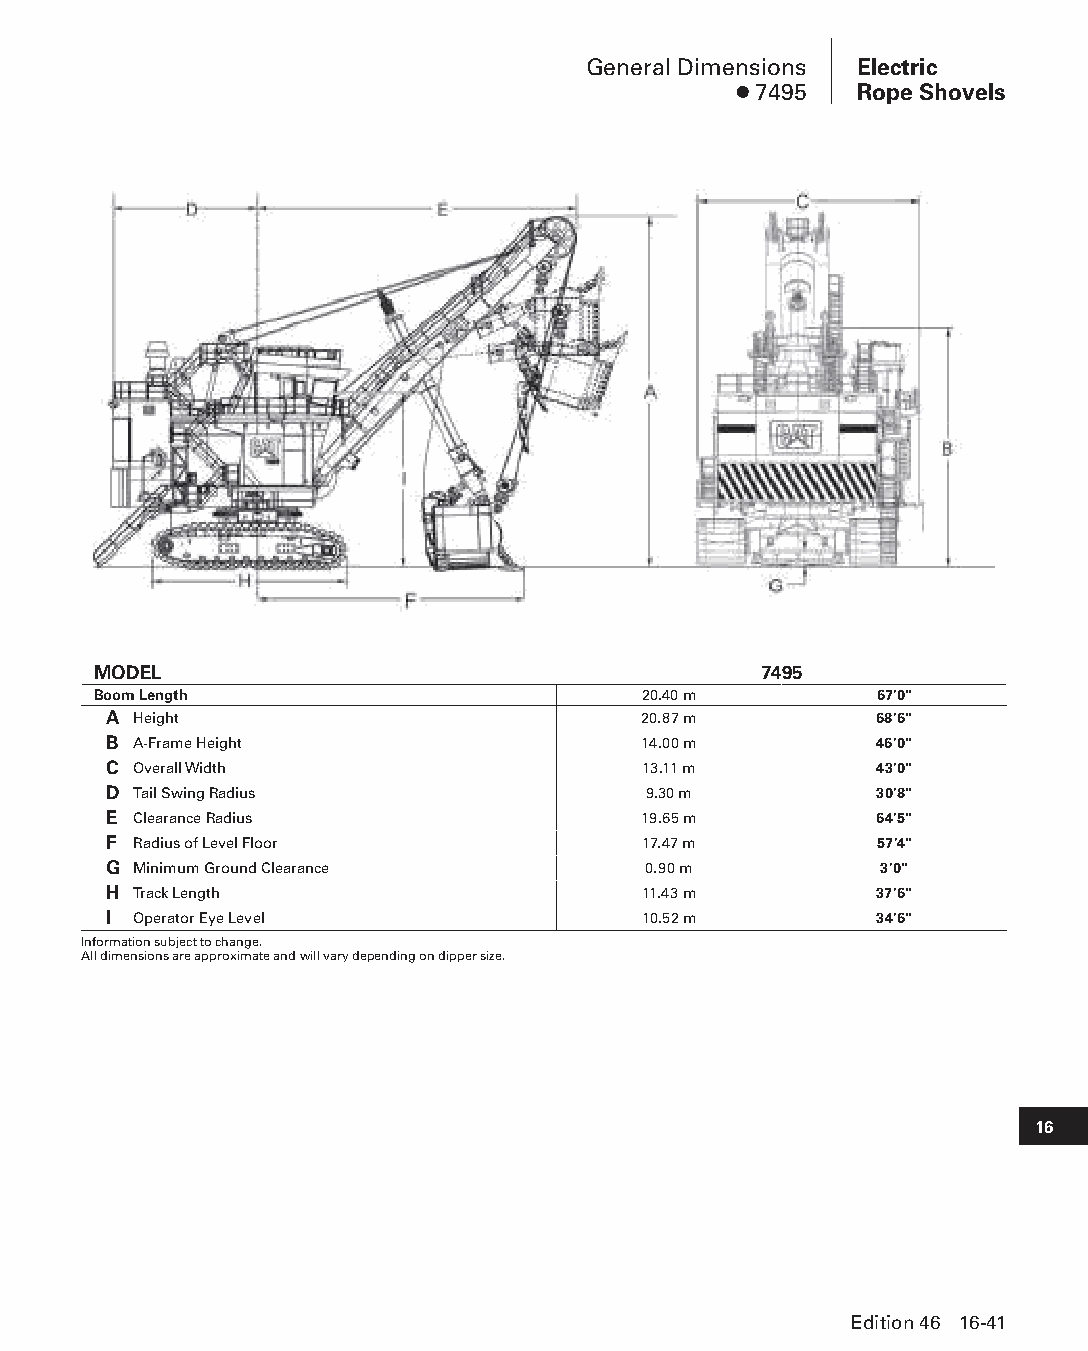
General Dimensions Electric
 ● 7495  Rope Shovels
 MODEL                                       7495
 Boom Length                         20.40 m        67'0"
 A Height                            20.87 m        68'6"
 B A-Frame Height                    14.00 m        46'0"
 C Overall Width                     13.11 m        43'0"
 D Tail Swing Radius                 9.30 m         30'8"
 E Clearance Radius                  19.65 m        64'5"
 F Radius of Level Floor             17.47 m        57'4"
 G Minimum Ground Clearance          0.90 m          3'0"
 H Track Length                      11.43 m        37'6"
 I Operator Eye Level                10.52 m        34'6"
 Information subject to change.
 All dimensions are approximate and will vary depending on dipper size.
 16
 Edition 46 16-41
 PPHHBB--SSeecc1166--EElleeccttrriiccRRooppeeSShhoovveellss((ppgg002255--004488))..iinndddd 4411 1122//44//1155 1100::5533 AAMM